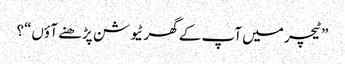
”ٹیچر میں آپ کے گھر ٹیو شن پڑھنے آ ؤں“؟